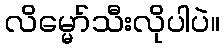
လိမ္မော်သီးလိုပါပဲ။